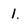
Character: 1